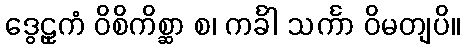
ဒွေဠှကံ ဝိစိကိစ္ဆာ စ၊ ကင်္ခါ သင်္ကာ ဝိမတျပိ။